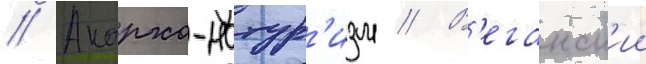
// Анархо-натур'изм // В'еганск'ии